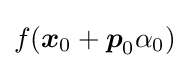
f({\boldsymbol {x}}_{0}+{\boldsymbol {p}}_{0}\alpha _{0})